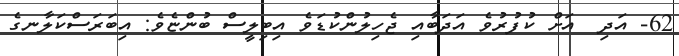
62- އަދި  އަށް ކުފުރުވެ އަދަބާއި ޖެހިލުންކުޑަވެ އިބިލީސް ބުންޏެވެ: އިބަރަސްކަލާނގެ